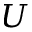
U